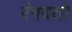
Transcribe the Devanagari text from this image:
रंगवतो